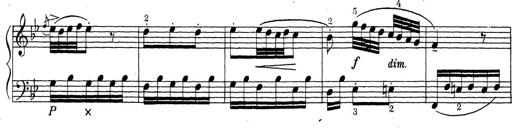
Title: ÄŒeskÃ© Sonatiny
Composer: Various